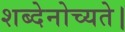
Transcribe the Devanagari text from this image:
शब्देनोच्यते।